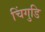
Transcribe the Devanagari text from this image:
चिंगुडि